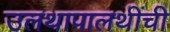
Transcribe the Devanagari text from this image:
उलथापालथींची